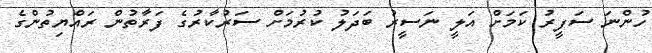
ހުންނަ ސަފީރު ކަމަށް އަލީ ނަސީރު ބަދަލު ކުރުމަށް ސަރުކާރުގެ ފަރާތުން ރައްޔިތުންގެ